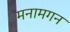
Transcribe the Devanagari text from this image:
मनामगन